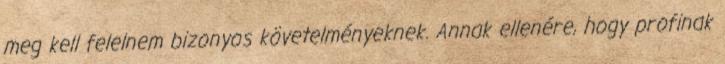
meg kell felelnem bizonyos követelményeknek. Annak ellenére, hogy profinak